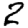
Digit: 2